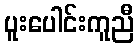
ပူးပေါင်းကူညီ